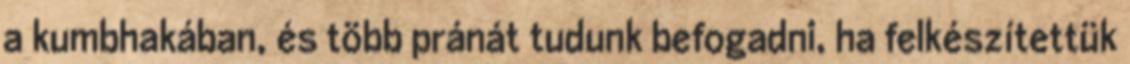
a kumbhakában, és több pránát tudunk befogadni, ha felkészítettük